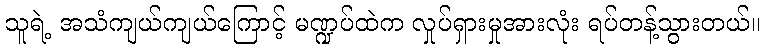
သူရဲ့ အသံကျယ်ကျယ်ကြောင့် မဏ္ဍပ်ထဲက လှုပ်ရှားမှုအားလုံး ရပ်တန့်သွားတယ်။